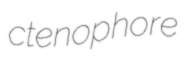
ctenophore